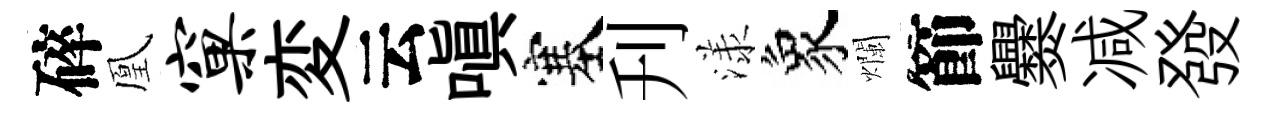
碎凰窠変云嗔塞刋漾象爛節爨减發